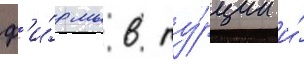
ф'и́рмы в ту́рции и́